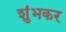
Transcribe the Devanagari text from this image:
शुंभकर